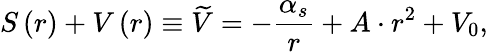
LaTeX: S\left(r\right)+V\left(r\right)\equiv\widetilde{V}=-\frac{\alpha_{s}}{r}+A\cdot r^{2}+V_{0},